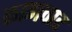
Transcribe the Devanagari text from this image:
कागवाड